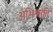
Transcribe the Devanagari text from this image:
अभिश्रांति